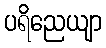
ပရိညေယျာ